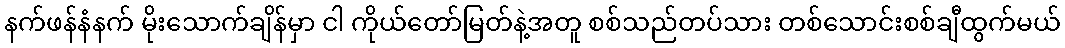
နက်ဖန်နံနက် မိုးသောက်ချိန်မှာ ငါ ကိုယ်တော်မြတ်နဲ့အတူ စစ်သည်တပ်သား တစ်သောင်းစစ်ချီထွက်မယ်